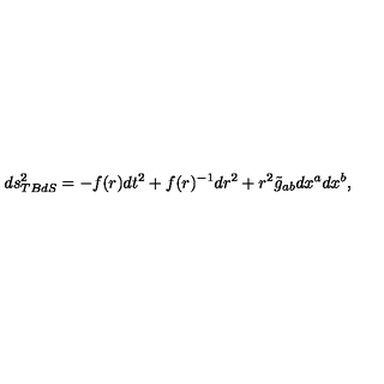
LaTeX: d s _ { T B d S } ^ { 2 } = - f ( r ) d t ^ { 2 } + f ( r ) ^ { - 1 } d r ^ { 2 } + r ^ { 2 } \tilde { g } _ { a b } d x ^ { a } d x ^ { b } ,